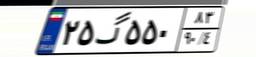
۲۵گ۵۵۰۸۳